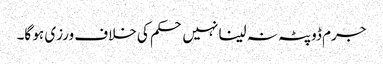
جرم ڈوپٹہ نہ لینا نہیں حکم کی خلاف ورزی ہو گا۔